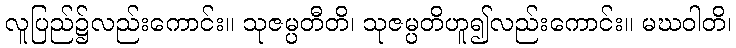
လူပြည်၌လည်းကောင်း။ သုဇမ္ပတီတိ၊ သုဇမ္ပတိဟူ၍လည်းကောင်း။ မဃဝါတိ၊